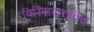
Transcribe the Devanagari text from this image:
विस्सियारोविच